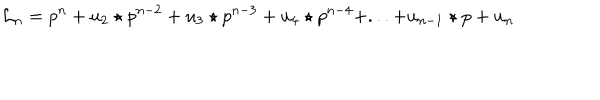
{ \mathcal L } _ { n } = p ^ { n } + u _ { 2 } \star p ^ { n - 2 } + u _ { 3 } \star p ^ { n - 3 } + u _ { 4 } \star p ^ { n - 4 } + . . . + u _ { n - 1 } \star p + u _ { n } \,